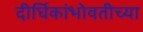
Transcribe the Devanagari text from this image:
दीर्घिकांभोवतीच्या